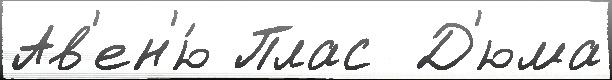
Ав'ен'ю́ Плас  Д'юма